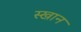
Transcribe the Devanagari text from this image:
स्खान